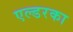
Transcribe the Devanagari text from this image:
एल्डरका